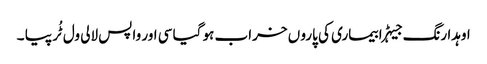
اوہدا رنگ جیہڑا بیماری کی پارو ں خراب ہو گیا سی اور واپس لالی ول ٹُر پیا ۔